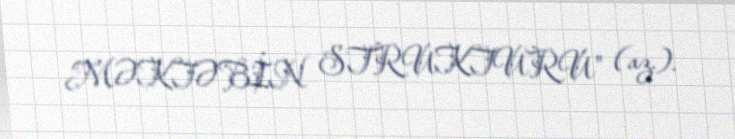
MƏKTƏBİN STRUKTURU" (az.).